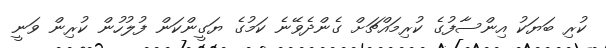
ކުރި ބަޔަކު އިންސާފުގެ ކުރިމައްޗަށް ގެންދެވޭނެ ކަމުގެ ޔަގީންކަން ފުލުހުން ކުރިން ވަނީ